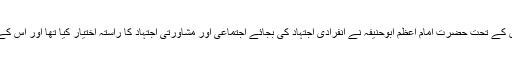
ہمارے ذہن میں علمی مباحثہ کا تصور وہی ہے جس کے تحت حضرت امام اعظم ابوحنیفہؒ نے انفرادی اجتہاد کی بجائے اجتماعی اور مشاورتی اجتہاد کا راستہ اختیار کیا تھا اور اس کے لیے کھلے علمی مباحثہ کو ضروری خیال کیا تھا۔